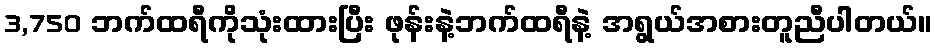
3,750 ဘက်ထရီကိုသုံးထားပြီး ဖုန်းနဲ့ဘက်ထရီနဲ့ အရွယ်အစားတူညီပါတယ်။